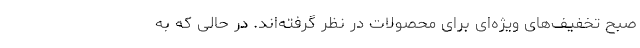
صبح تخفیف‌های ویژه‌ای برای محصولات در نظر گرفته­اند. در حالی که به